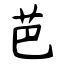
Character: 芭